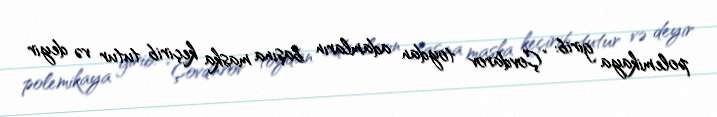
polemikaya girib: “Çovdarov toydan adamların başına maska keçirib tutur və deyir